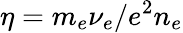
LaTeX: \eta=m_{e}\nu_{e}/e^{2}n_{e}